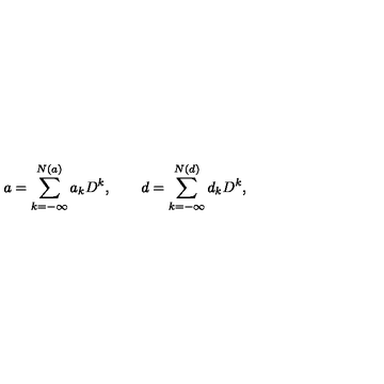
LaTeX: a = \sum _ { k = - \infty } ^ { N ( a ) } a _ { k } D ^ { k } , \qquad d = \sum _ { k = - \infty } ^ { N ( d ) } d _ { k } D ^ { k } ,